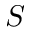
S